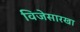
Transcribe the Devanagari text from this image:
विजेसारखा